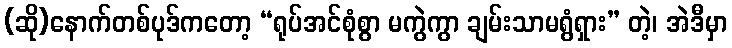
(ဆို)နောက်တစ်ပုဒ်ကတော့ “ရုပ်အင်စုံစွာ မကွဲကွာ ချမ်းသာမရွံရှား” တဲ့၊ အဲဒီမှာ